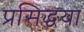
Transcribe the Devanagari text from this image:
प्रसिद्धया